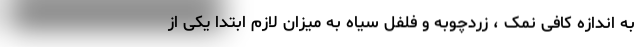
به اندازه کافی نمک ، زردچوبه و فلفل سیاه به میزان لازم ابتدا یکی از